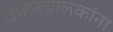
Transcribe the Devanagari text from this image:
वाहनचालकांना